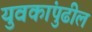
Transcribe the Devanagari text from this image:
युवकांपुढील